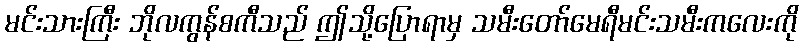
မင်းသားကြီး ဘိုလကွန်စကီသည် ဤသို့ပြောရာမှ သမီးတော်မေရီမင်းသမီးကလေးကို